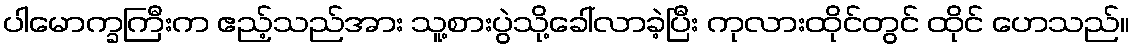
ပါမောက္ခကြီးက ဧည့်သည်အား သူ့စားပွဲသို့ခေါ်လာခဲ့ပြီး ကုလားထိုင်တွင် ထိုင် ဟေသည်။